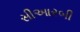
સીઆરબી